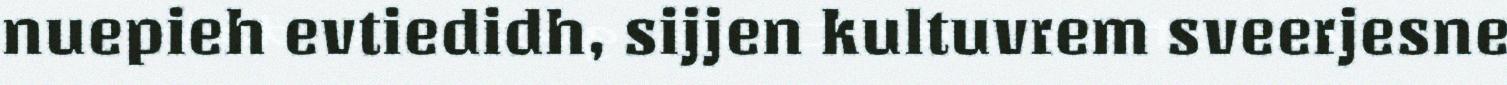
nuepieh evtiedidh, sijjen kultuvrem sveerjesne